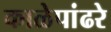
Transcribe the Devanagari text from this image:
काळेपांढरे